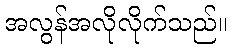
အလွန်အလိုလိုက်သည်။